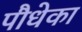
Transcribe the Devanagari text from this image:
पौधेका